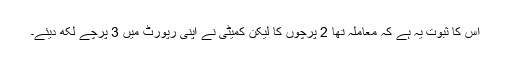
اِس کا ثبوت یہ ہے کہ معاملہ تھا 2 پرچوں کا لیکن کمیٹی نے اپنی رپورٹ میں 3 پرچے لکھ دیئے۔